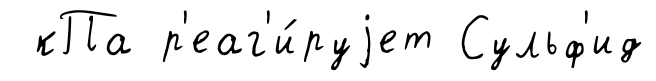
кПа р'еаг'и́руjет Сульф'ид